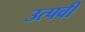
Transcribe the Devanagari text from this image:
उत्पवी